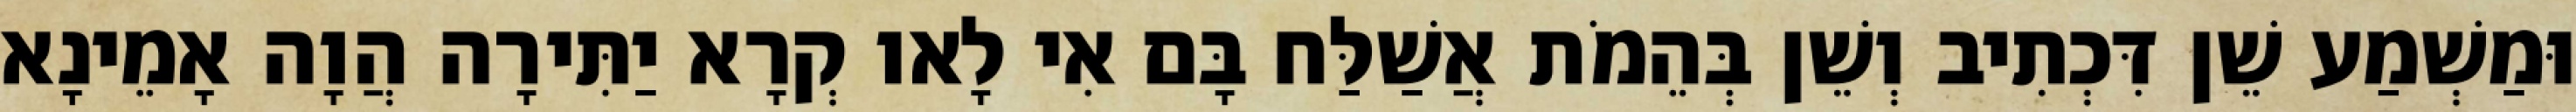
וּמַשְׁמַע שֵׁן דִּכְתִיב וְשֵׁן בְּהֵמֹת אֲשַׁלַּח בָּם אִי לָאו קְרָא יַתִּירָה הֲוָה אָמֵינָא